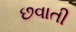
છવાતી